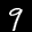
Label: 9